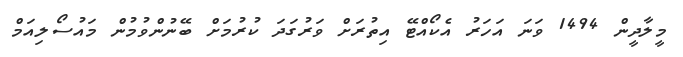
މީލާދީން 1494 ވަނަ އަހަރު އެކޯއްޓޭ އިތުރަށް ވަރުގަދަ ކުރުމަށް ބޭނުންވުމުން މައުސޯލިއަމް